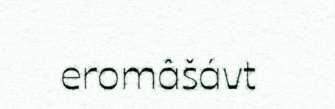
eromâšávt